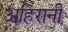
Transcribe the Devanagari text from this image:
अहिरानी